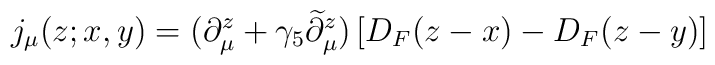
j_\mu(z;x,y)=(\partial_\mu^z+\gamma_5\widetilde\partial_\mu^z)\left[D_F(z-x) -D_F(z-y)\right]